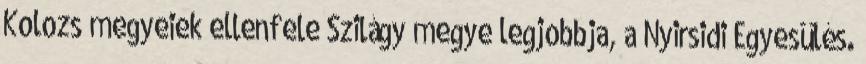
Kolozs megyeiek ellenfele Szilágy megye legjobbja, a Nyirsidi Egyesülés.